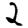
Digit: 2